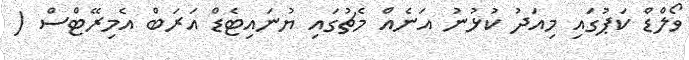
ވޯލްޑް ކަޕުގައި މިއަދު ކުޅުނު އަނެއް މެޗުގައި ޔުނައިޓެޑް އަރަބް އެމިރޭޓްސް (